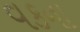
વકના